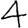
Digit: 4